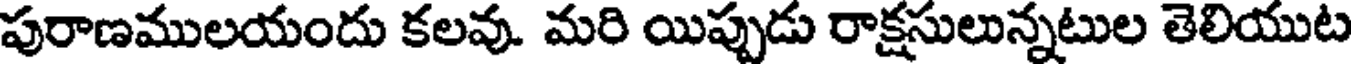
పురాణములయందు కలవు. మరి యిప్పుడు రాక్షసులున్నటుల తెలియుట